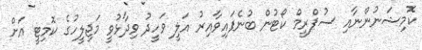
ކޮމިޝަނުންނާއި ސުޕްރީމް ކޯޓުން ބުނެފައިވާއިރު އަލީ ވަހީދު ވިދާޅުވީ މަޖިލީހުގެ ކޮމިޓީ އަށް